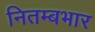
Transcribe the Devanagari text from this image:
नितम्बभार